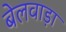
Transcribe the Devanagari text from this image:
बेलवाड़ा